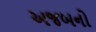
અજબનો